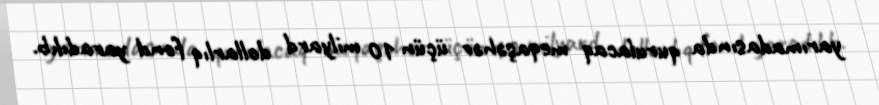
yarımadasında qurulacaq meqaşəhər üçün 10 milyard dollarlıq fond yaradılıb.